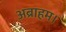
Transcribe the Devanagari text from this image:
अब्राहम।